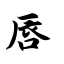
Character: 唇